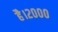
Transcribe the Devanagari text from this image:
है।२०००